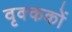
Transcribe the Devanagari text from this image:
वृक्ककों